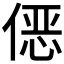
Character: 𱏀